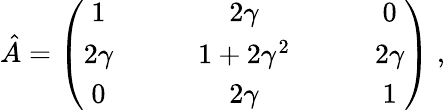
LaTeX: \hat{A}=\left(\begin{array}{ccccc}{{1}}&{{\quad}}&{{2\gamma}}&{{\quad}}&{{0}}\\ {{2\gamma}}&{{\quad}}&{{1+2\gamma^{2}}}&{{\quad}}&{{2\gamma}}\\ {{0}}&{{\quad}}&{{2\gamma}}&{{\quad}}&{{1}}\end{array}\right)\; ,